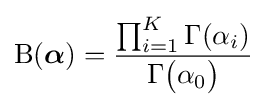
\mathrm {B} ({\boldsymbol {\alpha }})={\frac {\prod _{i=1}^{K}\Gamma (\alpha _{i})}{\Gamma {\bigl (}\alpha _{0}{\bigr )}}}